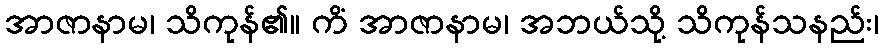
အာဇာနာမ၊ သိကုန်၏။ ကိံ အာဇာနာမ၊ အဘယ်သို့ သိကုန်သနည်း၊